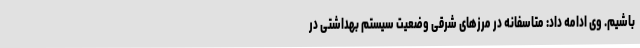
باشیم. وی ادامه داد: متاسفانه در مرزهای شرقی وضعیت سیستم بهداشتی در